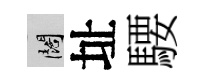
闊址騕